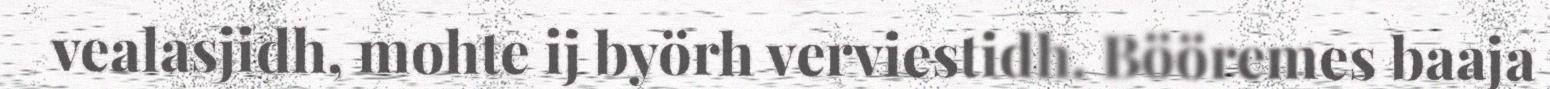
vealasjidh, mohte ij byörh verviestidh. Bööremes baaja